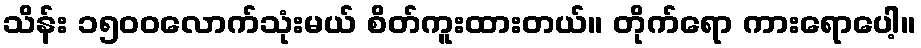
သိန်း ၁၅၀၀လောက်သုံးမယ် စိတ်ကူးထားတယ်။ တိုက်ရော ကားရောပေါ့။